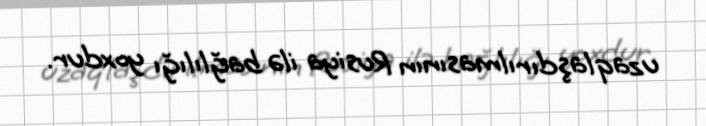
uzaqlaşdırılmasının Rusiya ilə bağlılığı yoxdur.